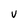
Character: V